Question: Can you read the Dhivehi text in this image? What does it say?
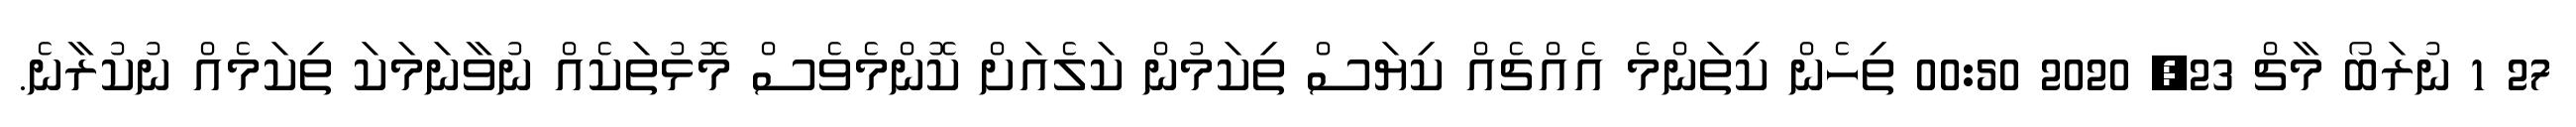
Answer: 27 1 ނުރަބޯ މާޗް 23, 2020 00:50 ތިހެން ކިތަންމެ އެއްޗެއް ކިޔަސް ތިކަމުން ކަލެއަށް ކޮންމެވެސް މޮޅުތަކެއް ނުވާނަމަކަ ތިކަމެއް ނުކުރާނެ.